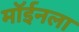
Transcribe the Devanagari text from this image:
मॉईनला